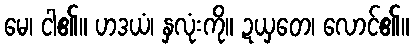
မေ၊ ငါ၏။ ဟဒယံ၊ နှလုံးကို။ ဍယှတေ၊ လောင်၏။